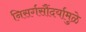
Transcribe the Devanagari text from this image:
निसर्गसौंदर्यामुळे